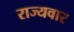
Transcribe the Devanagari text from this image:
राज्‍यवार